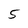
Character: 5